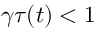
\gamma \tau ( t ) < 1